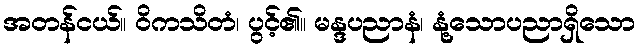
အတန်ငယ်။ ဝိကသိတံ၊ ပွင့်၏။ မန္ဒပညာနံ၊ နုံ့သောပညာရှိသော